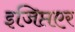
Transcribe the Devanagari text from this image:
इजिप्तएर